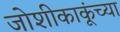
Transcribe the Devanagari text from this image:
जोशीकाकूंच्या